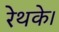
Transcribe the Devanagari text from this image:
रेथके।